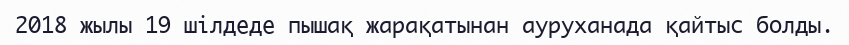
2018 жылы 19 шілдеде пышақ жарақатынан ауруханада қайтыс болды.